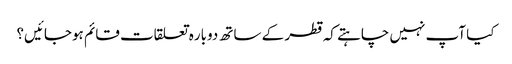
کیا آپ نہیں چاہتے کہ قطر کے ساتھ دوباره تعلقات قائم ہوجائیں؟